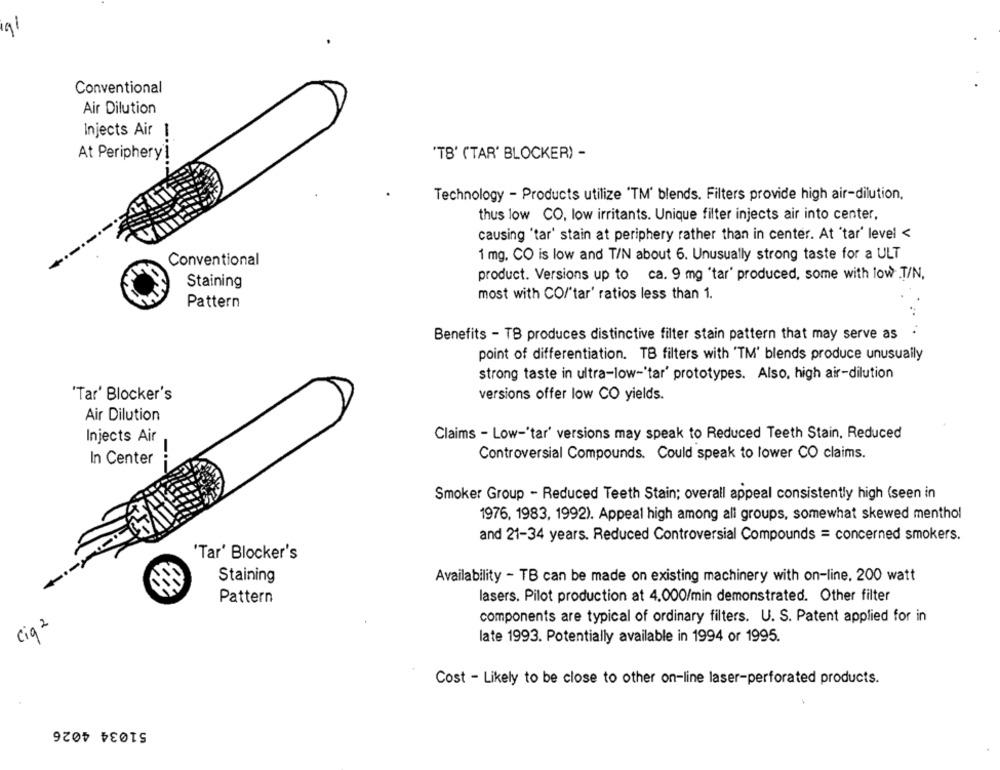
Conventional
Air Dilution
Injects Air |
At Periphery !
'TB' ('TAR' BLOCKER) -
Technology - Products utilize 'TM' blends. Filters provide high air-dilution,
thus low CO, low irritants. Unique filter injects air into center,
causing 'tar' stain at periphery rather than in center. At 'tar' level <
Conventional
1 mg. CO is low and T/N about 6. Unusually strong taste for a ULT
product. Versions up to ca. 9 mg 'tar' produced, some with low T/N.
Staining
most with CO/"tar' ratios less than 1.
Pattern
Benefits - TB produces distinctive filter stain pattern that may serve as
point of differentiation. TB filters with 'TM' blends produce unusually
strong taste in ultra-low-'tar' prototypes. Also, high air-dilution
'Tar' Blocker's
versions offer low CO yields.
Air Dilution
Injects Air
Claims - Low-'tar' versions may speak to Reduced Teeth Stain, Reduced
-
In Center
Controversial Compounds. Could speak to lower CO claims.
Smoker Group - Reduced Teeth Stain; overall appeal consistently high (seen in
1976, 1983, 1992). Appeal high among all groups, somewhat skewed menthol
and 21-34 years. Reduced Controversial Compounds = concerned smokers.
'Tar' Blocker's
Staining
Availability - TB can be made on existing machinery with on-line. 200 watt
Pattern
lasers. Pilot production at 4.000/min demonstrated. Other filter
Ciq 2
components are typical of ordinary filters. U. S. Patent applied for in
late 1993. Potentially available in 1994 or 1995.
Cost - Likely to be close to other on-line laser-perforated products.
51034 4026